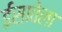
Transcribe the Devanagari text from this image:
ईसावेला